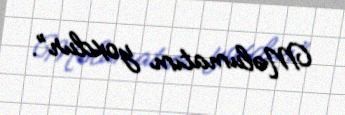
Məlumatım yoxdur”.